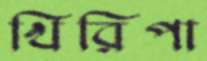
খিরিপা